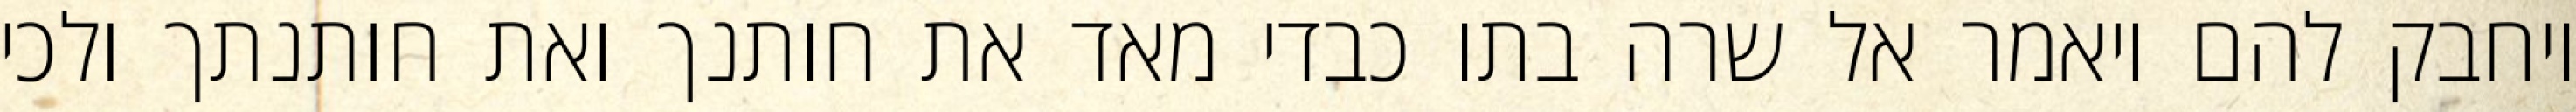
ויחבק להם ויאמר אל שרה בתו כבדי מאד את חותנך ואת חותנתך ולכי